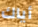
أياك